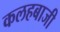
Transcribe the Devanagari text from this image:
कलहबाजी